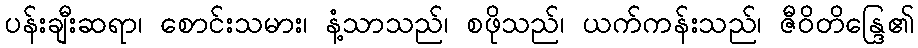
ပန်းချီးဆရာ၊ စောင်းသမား၊ နံ့သာသည်၊ စဖိုသည်၊ ယက်ကန်းသည်၊ ဇီဝိတိန္ဒြေ၏